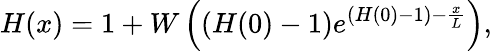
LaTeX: H(x)=1+W\left((H(0)-1)e^{(H(0)-1)-{\frac{x}{L}}}\right),